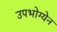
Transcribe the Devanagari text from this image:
उपभोग्येन